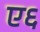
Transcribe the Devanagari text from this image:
ए६